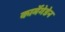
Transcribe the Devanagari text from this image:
कार्मेगेडेन